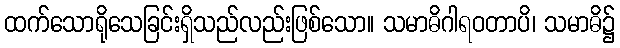
ထက်သောရိုသေခြင်းရှိသည်လည်းဖြစ်သော။ သမာဓိဂါရဝတာပိ၊ သမာဓိ၌